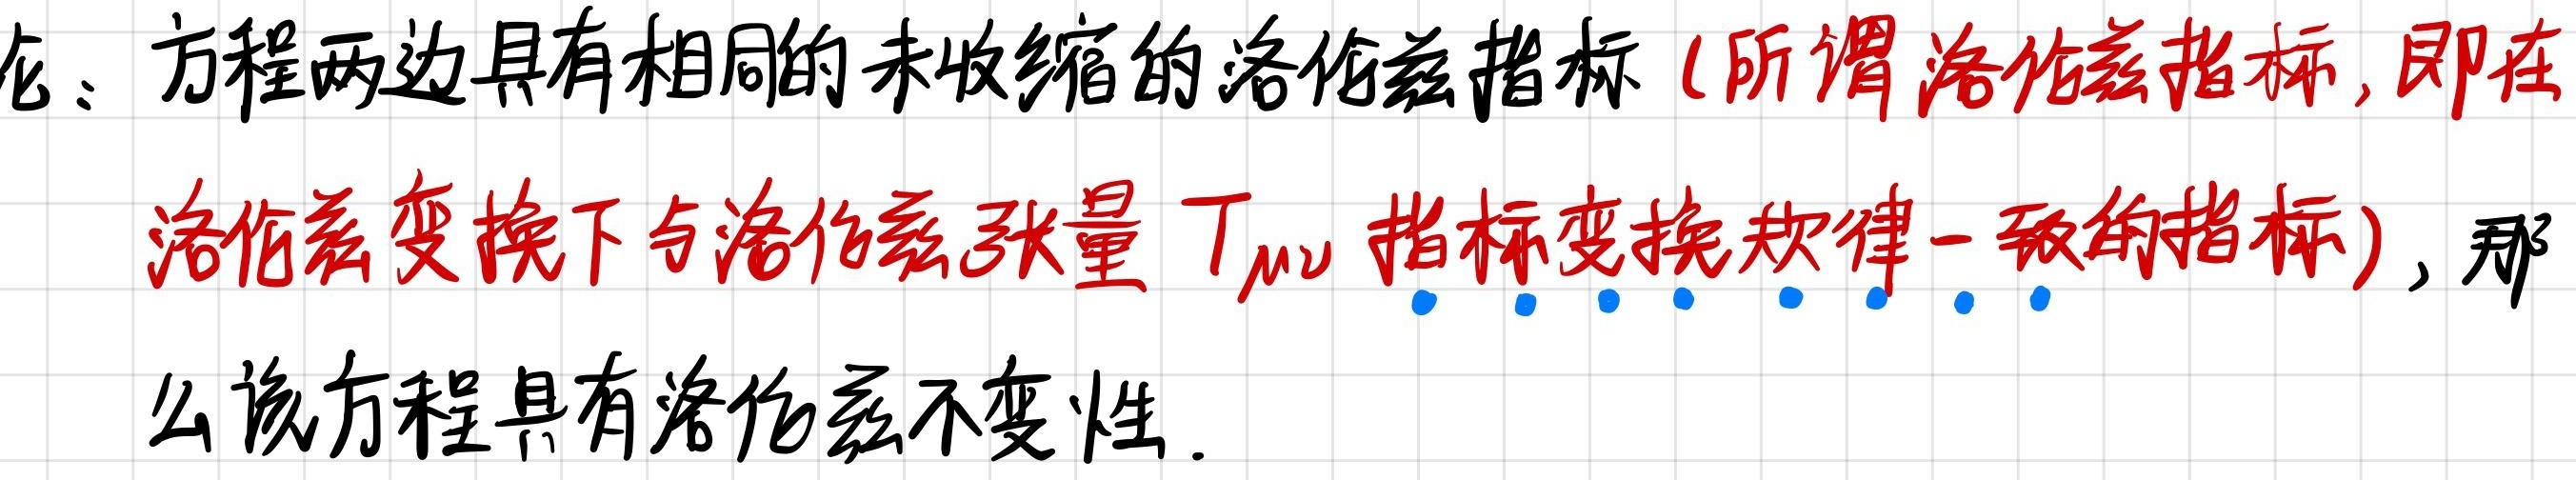
龙：方程两边具有相同的未收缩的洛伦兹指标（所谓洛伦兹指标，即在洛伦兹变换下与洛伦兹张量 \( T_{\mu\nu} \) 指标变换规律一致的指标），那么该方程具有洛伦兹不变性。